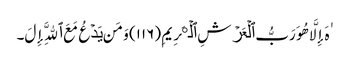
ٰهَ إِلَّا هُوَ رَبُّ ٱلۡعَرۡشِ ٱلۡڪَرِیمِ (١١٦) وَمَن یَدۡعُ مَعَ ٱللَّهِ إِلَ۔